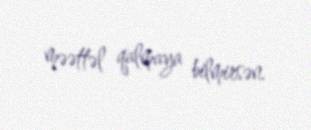
məəttəl qalmaya bilmirsən.